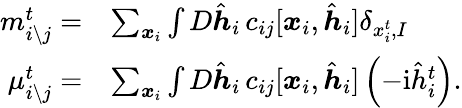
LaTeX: \begin{array}{rl}{m_{i\setminus j}^{t}=}&{\sum_{\boldsymbol{x}_{i}}\int D\hat{\boldsymbol{h}}_{i}\, c_{ij}[\boldsymbol{x}_{i},\hat{\boldsymbol{h}}_{i}]\delta_{x_{i}^{t},I}}\\ {\mu_{i\setminus j}^{t}=}&{\sum_{\boldsymbol{x}_{i}}\int D\hat{\boldsymbol{h}}_{i}\, c_{ij}[\boldsymbol{x}_{i},\hat{\boldsymbol{h}}_{i}]\left(-\mathrm{i}\hat{h}_{i}^{t}\right).}\end{array}